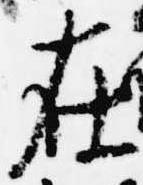
在